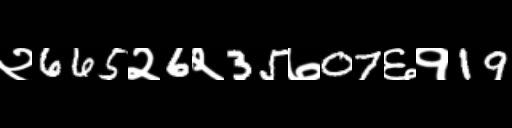
Text: २665२6२35७07६१19